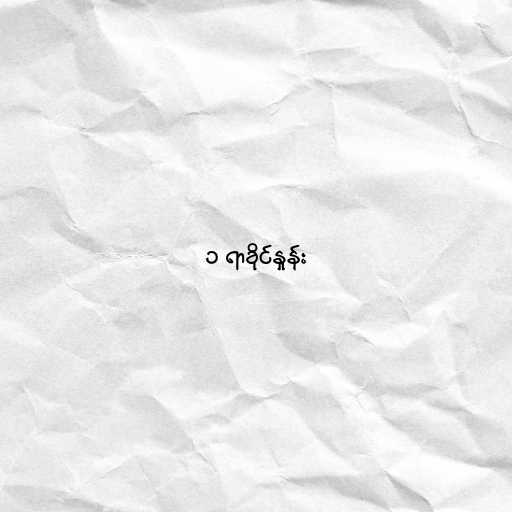
၁ ရာခိုင်နှုန်း